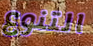
التنوع